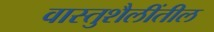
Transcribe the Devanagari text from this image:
वास्तुशैलींतील